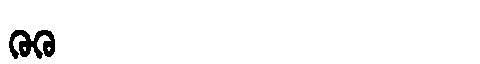
Manchu: ᡴᡠᡴᡠ
Romanization: KUKU